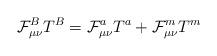
LaTeX: \begin{align*}\mathcal{F}^B_{\mu\nu} T^B = \mathcal{F}^a_{\mu\nu}T^a + \mathcal{F}^m_{\mu\nu}T^m\end{align*}